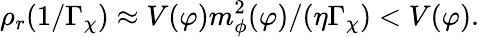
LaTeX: \rho_{r}(1/\Gamma_{\chi})\approx V(\varphi)m_{\phi}^{2}(\varphi)/(\eta\Gamma_{\chi})<V(\varphi).